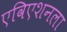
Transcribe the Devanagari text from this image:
एविएशनला